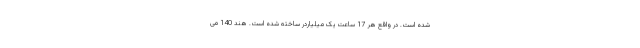
شده است. در واقع هر 17 ساعت یک میلیاردر ساخته شده است. هند 140 می